Rangoon Lunatic Asylum 1878-1892 - 1878-1892
Year: 1878
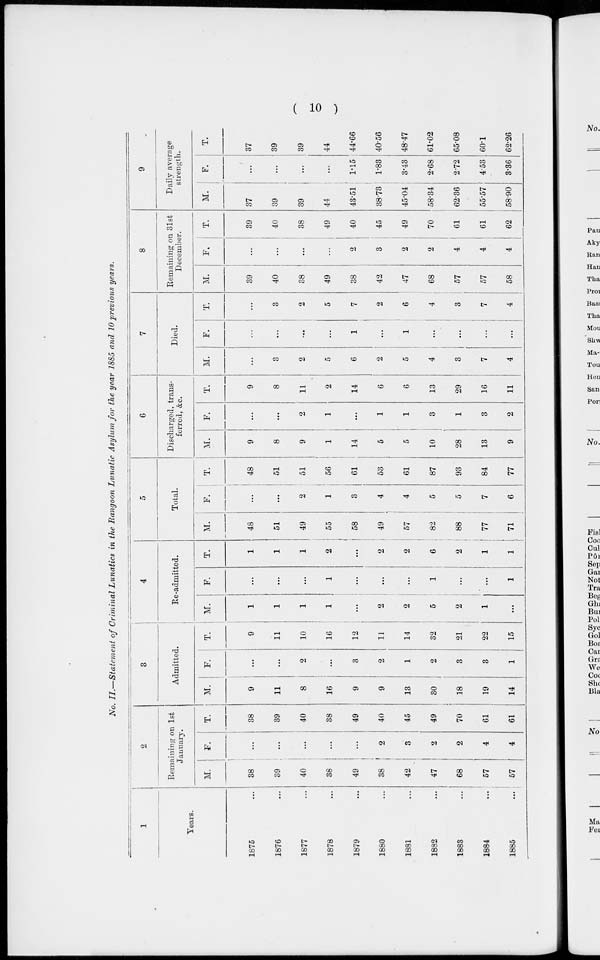
( 10 )
No. II.—Statement of Criminal Lunatics in the Rangoon Lunatic Asylum for the year 1885 and 10 previous years.
1
Years.
1875 ...
1876 ...
1877 ...
1878 ...
1879 ...
1880 ...
1881 ...
1882 ...
1883 ...
1884
...
1885
...
2
Remaining on 1st
January.
M.
38
39
40
38
49
38
42
47
68
57
57
F.
...
...
...
...
...
2
3
2
2
4
4
T.
38
39
40
38
49
40
45
49
70
61
61
3
Admitted.
M.
9
11
8
16
9
9
13
30
18
19
14
F.
...
...
2
...
3
2
1
2
3
3
1
T.
9
11
10
16
12
11
14
32
21
22
15
4
Re-admitted.
M.
1
1
1
1
...
2
2
5
2
1
...
F.
...
...
...
1
...
...
...
1
...
...
1
T.
1
1
1
2
...
2
2
6
2
1
1
5
Total.
M.
48
51
49
55
58
49
57
82
88
77
71
F.
...
...
2
1
3
4
4
5
5
7
6
T.
48
51
51
56
61
53
61
87
93
84
77
6
Discharged, trans-
ferred, &c.
M.
9
8
9
1
14
5
5
10
28
13
9
F.
...
...
2
1
...
1
1
3
1
3
2
T.
9
8
11
2
14
6
6
13
29
16
11
7
Died.
M.
...
3
2
5
6
2
5
4
3
7
4
F.
...
...
...
...
1
...
1
...
...
...
...
T.
...
3
2
5
7
2
6
4
3
7
4
8
Remaining on 31st
December.
M.
39
40
38
49
38
42
47
68
57
57
58
F.
...
...
...
...
2
3...
2
2
4
4
4
T.
39
40
38
49
40
45
49
70
61
61
62
9
Daily average
strength.
M.
37
39
39
44
43.51
38.73
45.04
58.34
62.36
55.57
58.90
F.
...
...
...
...
1.15
1.83
3.43
2.68
2.72
4.53
3.36
T.
37
39
39
44
44.66
40.56
48.47
61.02
65.08
60.1
62.26